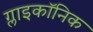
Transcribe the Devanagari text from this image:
ग्लाइकॉनिक